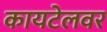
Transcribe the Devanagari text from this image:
कायटेलवर